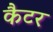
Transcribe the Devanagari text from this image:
कैटर